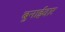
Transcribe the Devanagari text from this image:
बुनाईदार